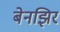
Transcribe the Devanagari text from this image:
बेनझिर